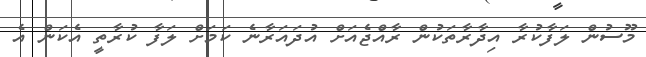
މޫސުން ލަފާކުރާ އިދާރާތަކުން ރާއްޖެއަށް އުދައަރާނެ ކަމަށް ލަފާ ކުރާތީ އެކަން އެ